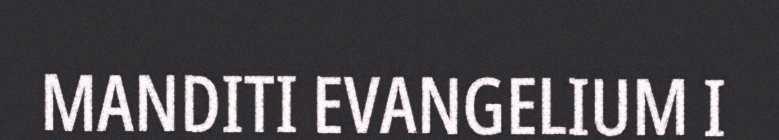
MANDITI EVANGELIUM I